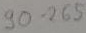
Text: 90-265